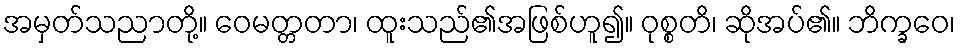
အမှတ်သညာတို့။ ဝေမတ္တတာ၊ ထူးသည်၏အဖြစ်ဟူ၍။ ဝုစ္စတိ၊ ဆိုအပ်၏။ ဘိက္ခဝေ၊